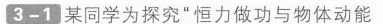
3-1某同学为探究”恒力做功与物体动能